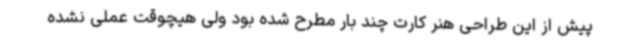
پیش از این طراحی هنر کارت چند بار مطرح شده بود ولی هیچوقت عملی نشده